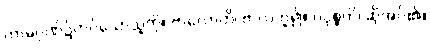
ကာမဂုဏ်၌တပ်သောသူကို။ ဗာလောတိ၊ ဗာလဟူ၍။ ပဝုစ္စတိ၊ ဆိုအပ်၏။